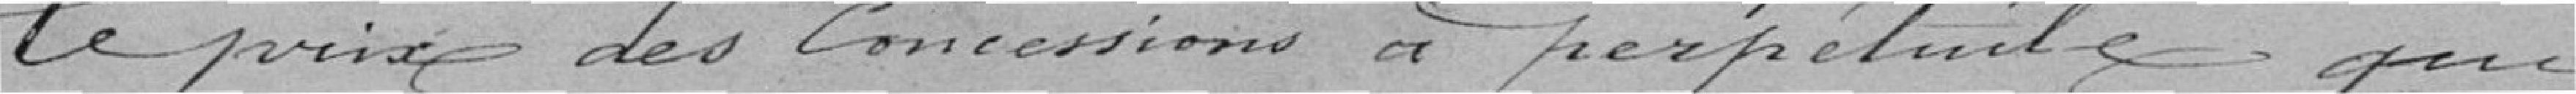
le prix des concessions à perpétuité qui